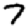
Digit: 7